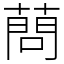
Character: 蔄